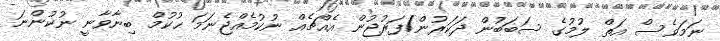
ނަމަވެސް އަތް ލުމުގެ ސަބަބުން ޛަކަރުން/ފަރުޖުން އެއްޗެއް ނުކުމެއްޖެނަމަ ޙުކުމް ބިނާވާނީ ނުކުންނަ